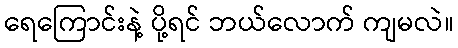
ရေကြောင်းနဲ့ ပို့ရင် ဘယ်လောက် ကျမလဲ။